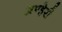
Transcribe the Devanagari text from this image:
अण्हेरी